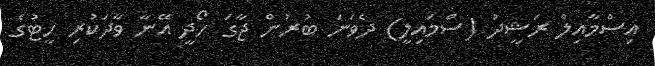
އިސްމާއިލް ރަޝީދު (ސްމައިލީ) ދެވަނަ ބުރުން ޖާގަ ހޯދީ އޭނާ ވާދަކުރި ހީޓުގެ